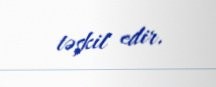
təşkil edir.